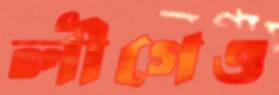
লীগেও